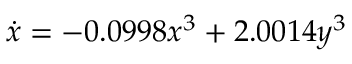
\dot { x } = - 0 . 0 9 9 8 x ^ { 3 } + 2 . 0 0 1 4 y ^ { 3 }